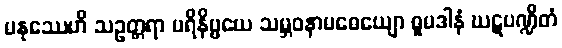
မနုဿေဟိ သဥတ္တရာ ပရိနိဗ္ဗယေ သမ္ဘဝနာမဓေယျော ဓူမဒါနံ ဃဋပဏ္ဍိတံ